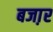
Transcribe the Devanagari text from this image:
बजा़र